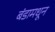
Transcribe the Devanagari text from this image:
बंडामधून